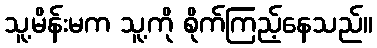
သူ့မိန်းမက သူ့ကို စိုက်ကြည့်နေသည်။